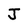
Character: J